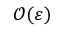
{ \mathcal { O } } ( \varepsilon )